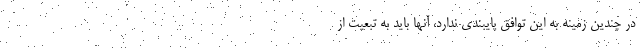
در چندین زمینه به این توافق پایبندی ندارد، آنها باید به تبعیت از